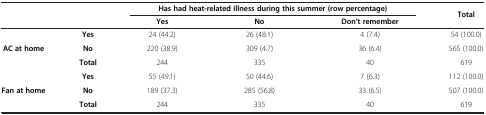
<table><thead><tr><td colspan="2"><b> </b></td><td colspan="3"><b>Has had heat-related illness during this summer (row percentage)</b></td><td><b>Total</b></td></tr><tr><td><b> </b></td><td><b> </b></td><td><b>Yes</b></td><td><b>No</b></td><td><b>Don’t remember</b></td><td><b> </b></td></tr></thead><tbody><tr><td rowspan="3"><b>AC at home</b></td><td><b>Yes</b></td><td>24 (44.2)</td><td>26 (48.1)</td><td>4 (7.4)</td><td>54 (100.0)</td></tr><tr><td><b>No</b></td><td>220 (38.9)</td><td>309 (4.7)</td><td>36 (6.4)</td><td>565 (100.0)</td></tr><tr><td><b>Total</b></td><td>244</td><td>335</td><td>40</td><td>619</td></tr><tr><td rowspan="2"><b>Fan at home</b></td><td><b>Yes</b></td><td>55 (49.1)</td><td>50 (44.6)</td><td>7 (6.3)</td><td>112 (100.0)</td></tr><tr><td><b>No</b></td><td>189 (37.3)</td><td>285 (56.8)</td><td>33 (6.5)</td><td>507 (100.0)</td></tr><tr><td> </td><td><b>Total</b></td><td>244</td><td>335</td><td>40</td><td>619</td></tr></tbody></table>